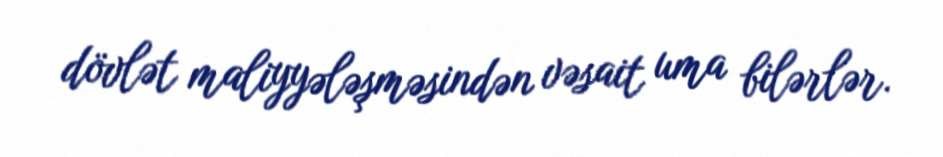
dövlət maliyyələşməsindən vəsait uma bilərlər.